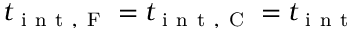
t _ { \mathrm { ~ i ~ n ~ t ~ , ~ F ~ } } = t _ { \mathrm { ~ i ~ n ~ t ~ , ~ C ~ } } = t _ { \mathrm { ~ i ~ n ~ t ~ } }